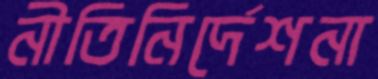
নীতিনির্দেশনা